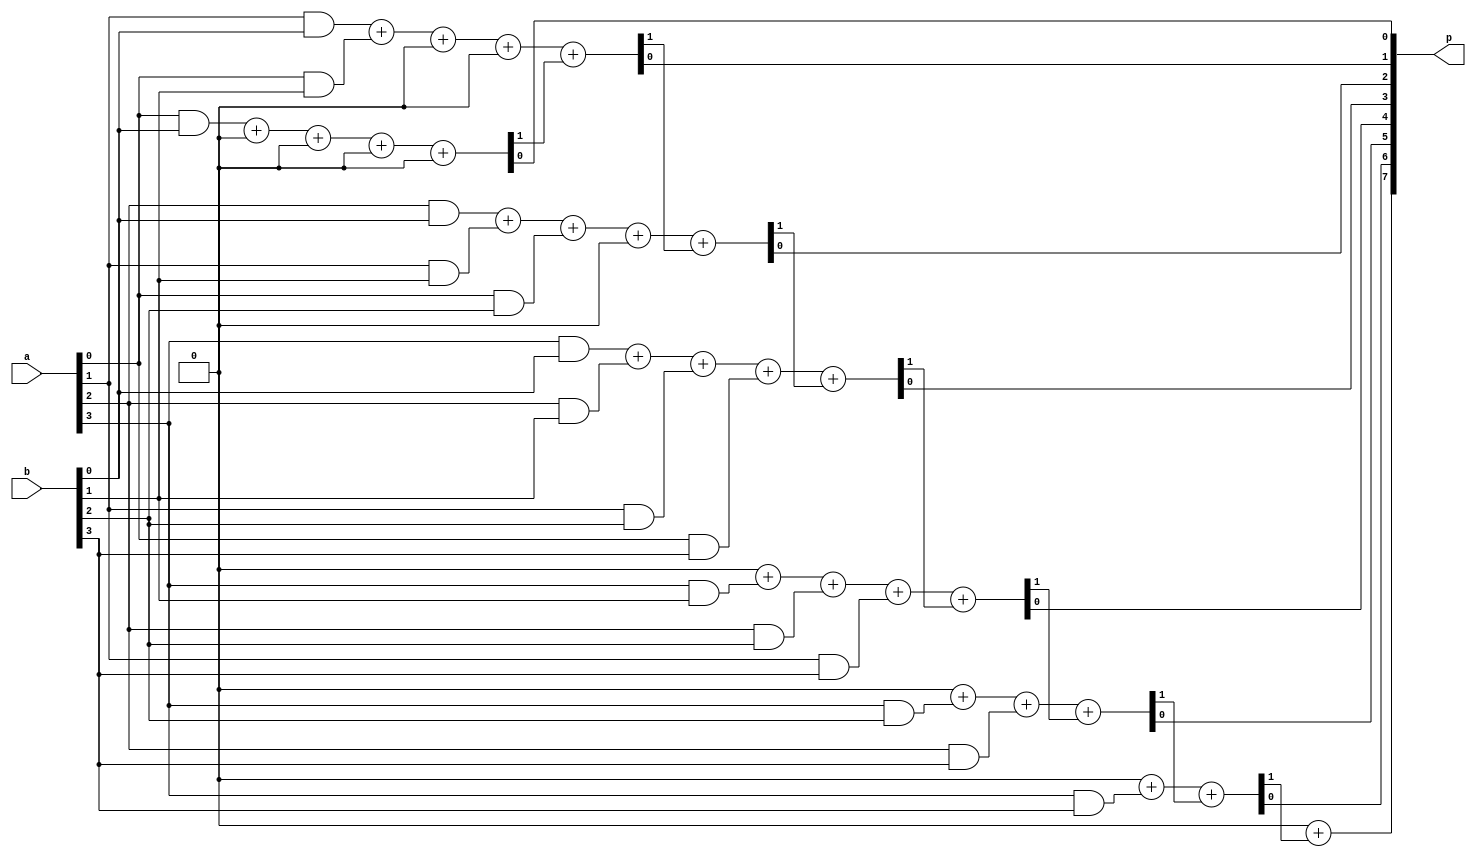
// Alessandra Fais, Orlando Leombruni
// RTT course - FPGA part
// MCSN - A.A. 2017/18

module array_multiplier_gen (a,
							 b,
							 p
							 );

	// inputs
	input [3:0] a;
	input [3:0] b;

	// outputs
	output [7:0] p;
	
	wire [7:0] temp_and0;
	wire [7:0] temp_and1;
	wire [7:0] temp_and2;
	wire [7:0] temp_and3;
	wire [7:0] temp_carry;

	// ---------------------- design implementation ------------------------------

	// produce all the summands: evaluate the AND rows
	genvar i;
	generate
		for (i = 0; i < 8; i = i + 1) begin : generate_AND0
			if (i > 3) begin
				assign temp_and0[i] = 1'b0;
			end
			else begin
				assign temp_and0[i] = (a[i] & b[0]);
			end
		end
	endgenerate

	genvar j;
	generate
		for (j = 0; j < 8; j = j + 1) begin : generate_AND1
			if ((j < 1 ) || (j > 4)) begin
				assign temp_and1[j] = 1'b0;
			end
			else begin
				assign temp_and1[j] = (a[j - 1] & b[1]);
			end
		end
	endgenerate

	genvar k;
	generate
		for (k = 0; k < 8; k = k + 1) begin : generate_AND2
			if ((k < 2 ) || (k > 5)) begin
				assign temp_and2[k] = 1'b0;
			end
			else begin
				assign temp_and2[k] = (a[k - 2] & b[2]);
			end
		end
	endgenerate

	genvar l;
	generate
		for (l = 0; l < 8; l = l + 1) begin : generate_AND3
			if ((l < 3 ) || (l > 6)) begin
				assign temp_and3[l] = 1'b0;
			end
			else begin
				assign temp_and3[l] = (a[l - 3] & b[3]);
			end
		end
	endgenerate

	// compute the final product: sum all the columns
	assign temp_carry[0] = 1'b0;
	genvar x;
	generate
		for (x = 0; x < 8; x = x + 1) begin  : generate_product
			if (x == 7) begin
				assign p[x] = temp_and0[x] + temp_and1[x] + temp_and2[x] + temp_and3[x] + temp_carry[x];
			end
			else begin
				assign {temp_carry[x + 1], p[x]} = temp_and0[x] + temp_and1[x] + temp_and2[x] + temp_and3[x] + temp_carry[x];
			end
		end
	endgenerate

endmodule